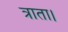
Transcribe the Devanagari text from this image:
त्राता।